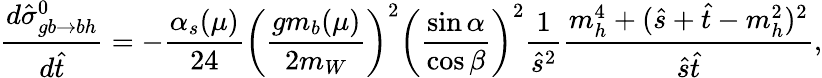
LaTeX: \frac{d\hat{\sigma}_{gb\to bh}^{0}}{d\hat{t}}=-\frac{\alpha_{s}(\mu)}{24}\left(\frac{gm_{b}(\mu)}{2m_{W}}\right)^{2}\left(\frac{\sin{\alpha}}{\cos{\beta}}\right)^{2}\frac{1}{\hat{s}^{2}}\frac{m_{h}^{4}+(\hat{s}+\hat{t}-m_{h}^{2})^{2}}{\hat{s}\hat{t}},